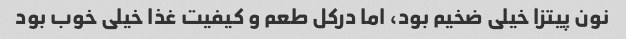
نون پیتزا خیلی ضخیم بود، اما درکل طعم و کیفیت غذا خیلی خوب بود